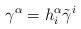
LaTeX: \begin{align*}\gamma ^{\alpha }=h_{i}^{\alpha }\tilde{\gamma}^{i}\end{align*}